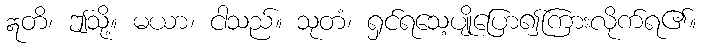
ဣတိ၊ ဤသို့။ မယာ၊ ငါသည်။ သုတံ၊ ရှင်ရသေ့ပျိုပြော၍ကြားလိုက်ရ၏။